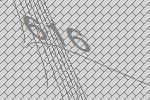
616